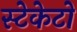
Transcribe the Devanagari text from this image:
स्टेकेटो